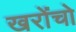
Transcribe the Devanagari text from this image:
खरोंचो